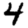
Digit: 4